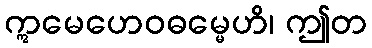
ဣမေဟေဝဓမ္မေဟိ၊ ဤတ